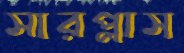
সারপ্লাস